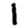
Digit: 1